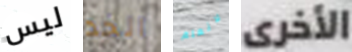
ليس الخد لانعلم الأخرى